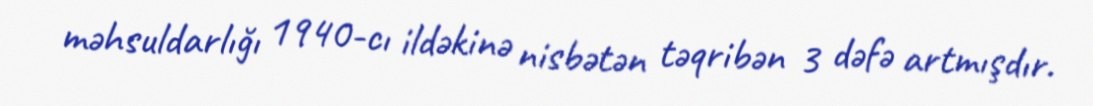
məhsuldarlığı 1940-cı ildəkinə nisbətən təqribən 3 dəfə artmışdır.